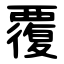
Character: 覆